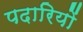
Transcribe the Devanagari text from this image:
पदारियों